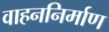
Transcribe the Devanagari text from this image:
वाहननिर्माण